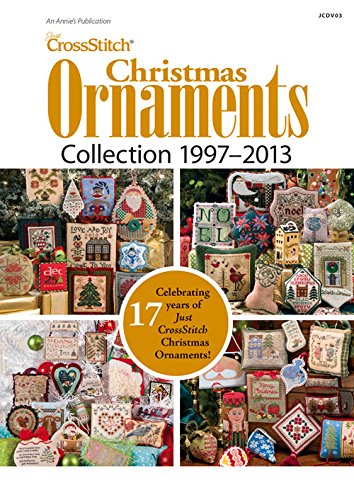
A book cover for Just CrossStitch Christmas Ornament Collection 1997EE2013; Annie's; Crafts, Hobbies & Home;